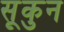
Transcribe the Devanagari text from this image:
सूकुन